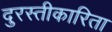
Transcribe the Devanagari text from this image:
दुरस्तीकारिता